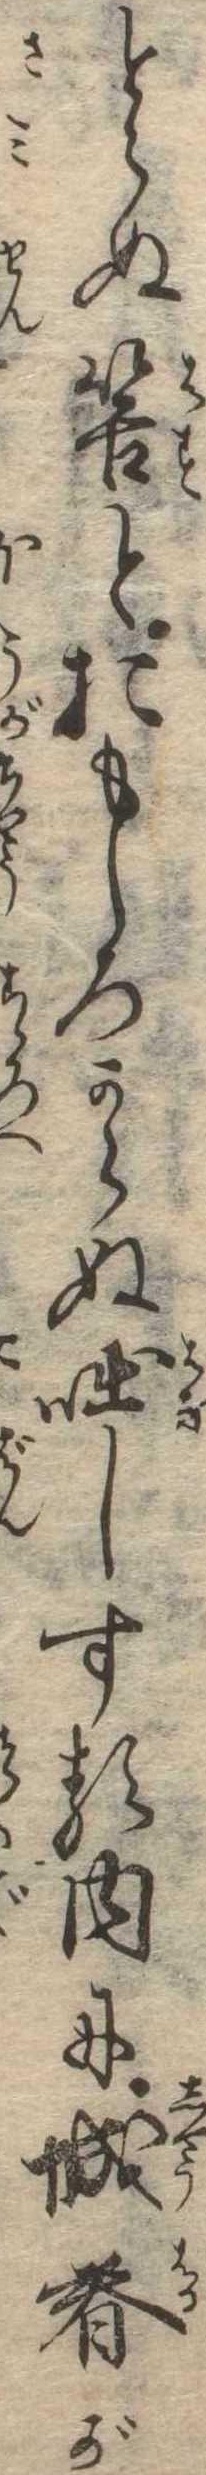
とらぬ筈とおもしろからぬ咄しする内に城春が